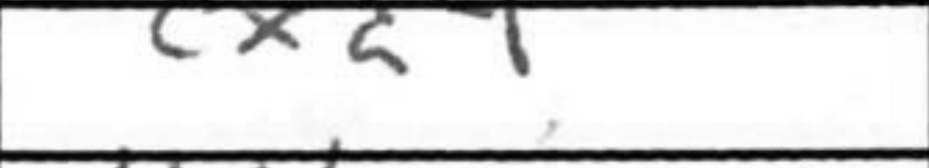
Transcription: cxd4